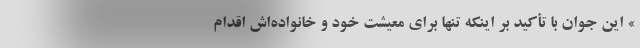
» این جوان با تأکید بر اینکه تنها برای معیشت خود و خانواده‌اش اقدام